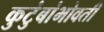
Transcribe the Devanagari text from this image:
कुटुंबांभोवती